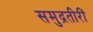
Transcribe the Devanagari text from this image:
समुद्रतीरीं